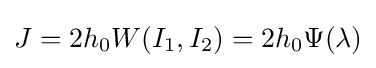
J=2h_{0}W(I_{1},I_{2})=2h_{0}\Psi (\lambda )